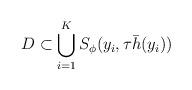
LaTeX: \begin{align*}D\subset \bigcup_{i=1}^{K}S_\phi(y_i, \tau\bar h(y_i)) \end{align*}